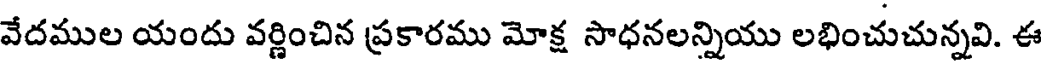
వేదముల యందు వర్ణించిన ప్రకారము మోక్ష సాధనలన్నియు లభించుచున్నవి. ఈ